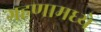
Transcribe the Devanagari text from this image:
ग्रहणामध्ये